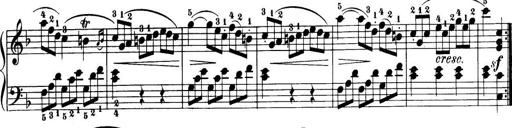
Title: 32 Sonatinas and Rondos for the Piano
Composer: Richard Kleinmichel